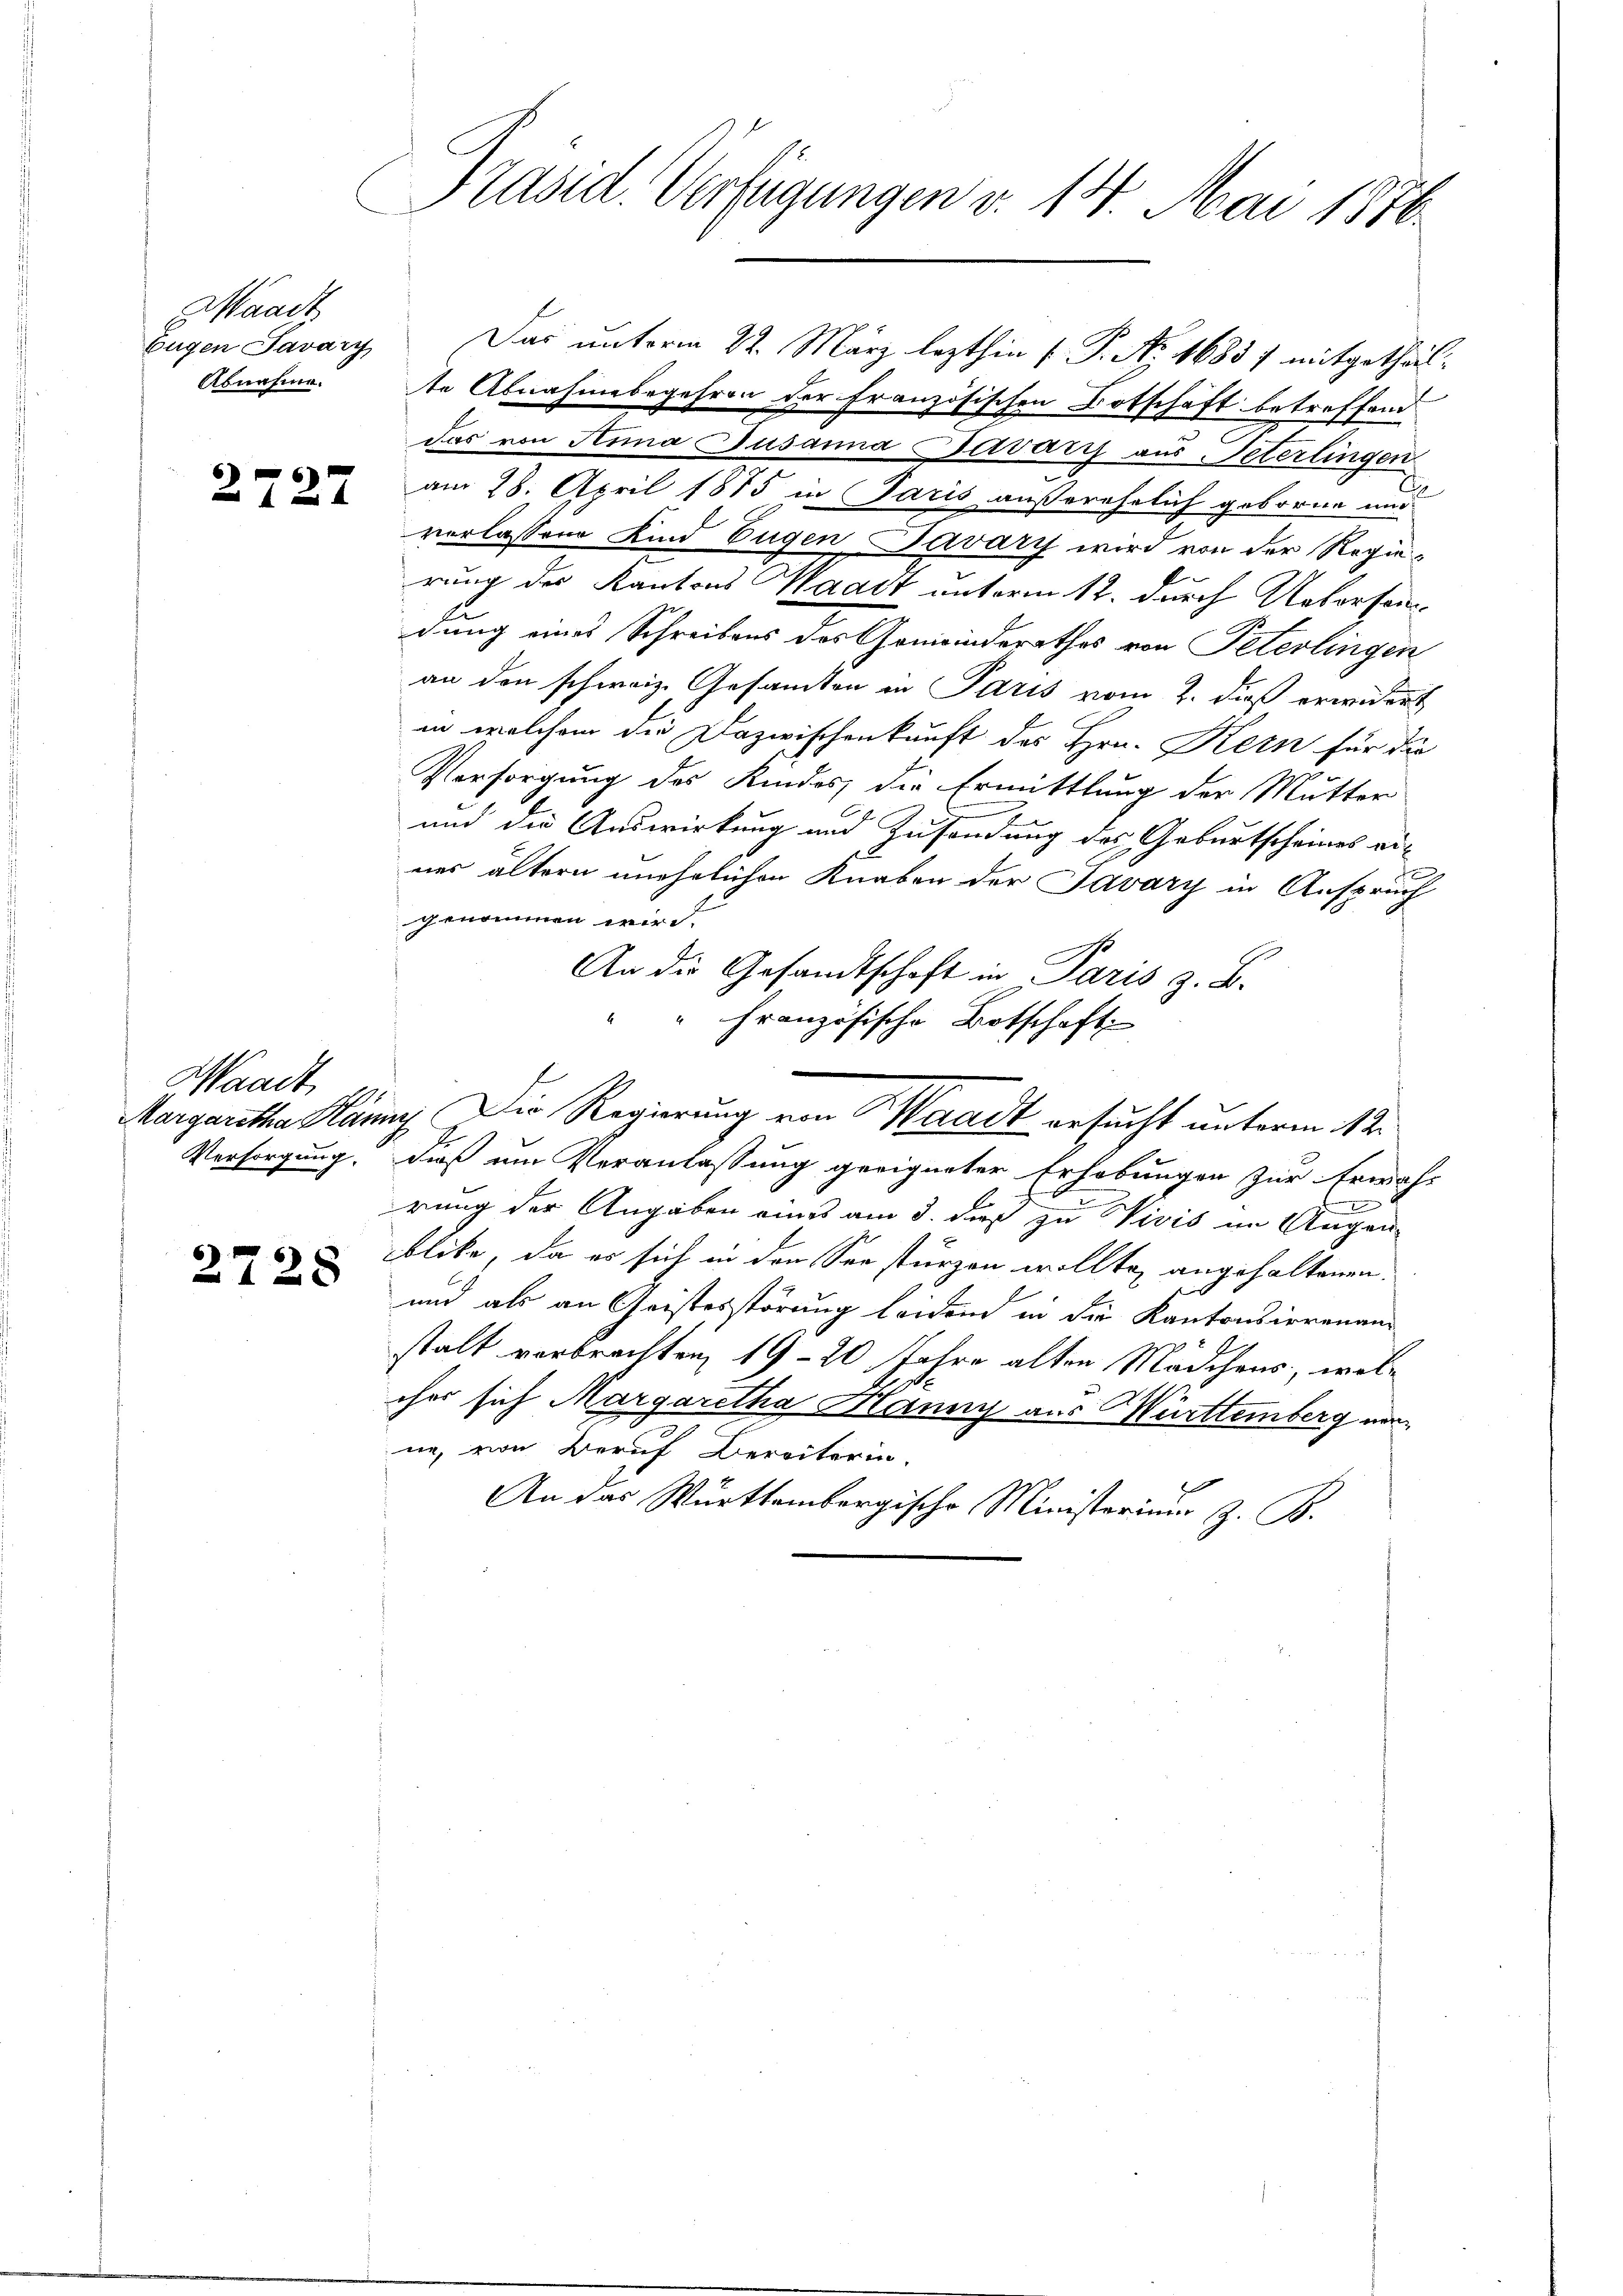
Waadt
Abnahme.

2727

Waadt,
Versorgung.

2728

Präsid. Verfügungen v. 14. Mai 1876.

te Abnahmebegehren der Französischen Botschäft betreffend
das von Sina Jusanna Bavary aus Peterlingen
am 28. April 1875 in Paris außerehelich geboren und
verlassen Kind Eugen Javary wird von der Regierung der Kantons Waadt unterm 12. durch Uebersendung eines Schreibens des Gemeinderathes von Peterlingen
an den schweiz. Gesamten in Paris vom 2. dieß erwidert
in welchem die Dazwischenkunft des Hrn. Kern für die
Versorgung des Kindes, die Ermittlung der Mutter
und die Auswirkung und Zusendung des Geburtscheines eines ältern unehelichen Knaben der Savary in Anspruch
genommen wird.
An die Gesandtschaft in Paris z. B.
" Französische Botschaft
Margartha Hänny Die Regierung von Waadt ersucht unterm 12.
dieß um Veranlassung geeigneter Erhebungen zur Erwäh-
I
rung der Angaben eines am 3. daß zu Vivis im Augenblike, da es sich in der See stürzen wollten angehaltenen
und als an Geistesstörung leidend in die Kantonsirrenan-
stalt verbrachten, 19 - 20 Jahre alten Mädchens, welcher sich Margaretha Hänny aus Württemberg von
ne, von Beruf Bereiterin,
An das Württembergische Ministerium z. B.

Eugen Savary Das unterm 22. März lezthin ( P. Nr. 1683 7 mitgethal¬